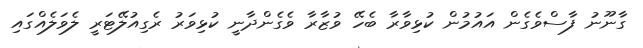
ގާނޫނު ފާސްވެގެން އައުމުން ކުޅިވާރާ ބެހޭ ވުޒާރާ ވެގެންދާނީ ކުޅިވަރު ރެގިއުލޭޓަރީ ލެވަލެއްގައި